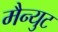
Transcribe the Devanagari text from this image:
मैन्युट